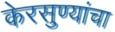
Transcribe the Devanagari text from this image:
केरसुण्यांचा